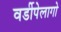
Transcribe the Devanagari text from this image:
वर्डीपेलागो